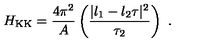
H _ { \mathrm { K K } } = { \frac { 4 \pi ^ { 2 } } { A } } \left( { \frac { | l _ { 1 } - l _ { 2 } \tau | ^ { 2 } } { \tau _ { 2 } } } \right) \ .